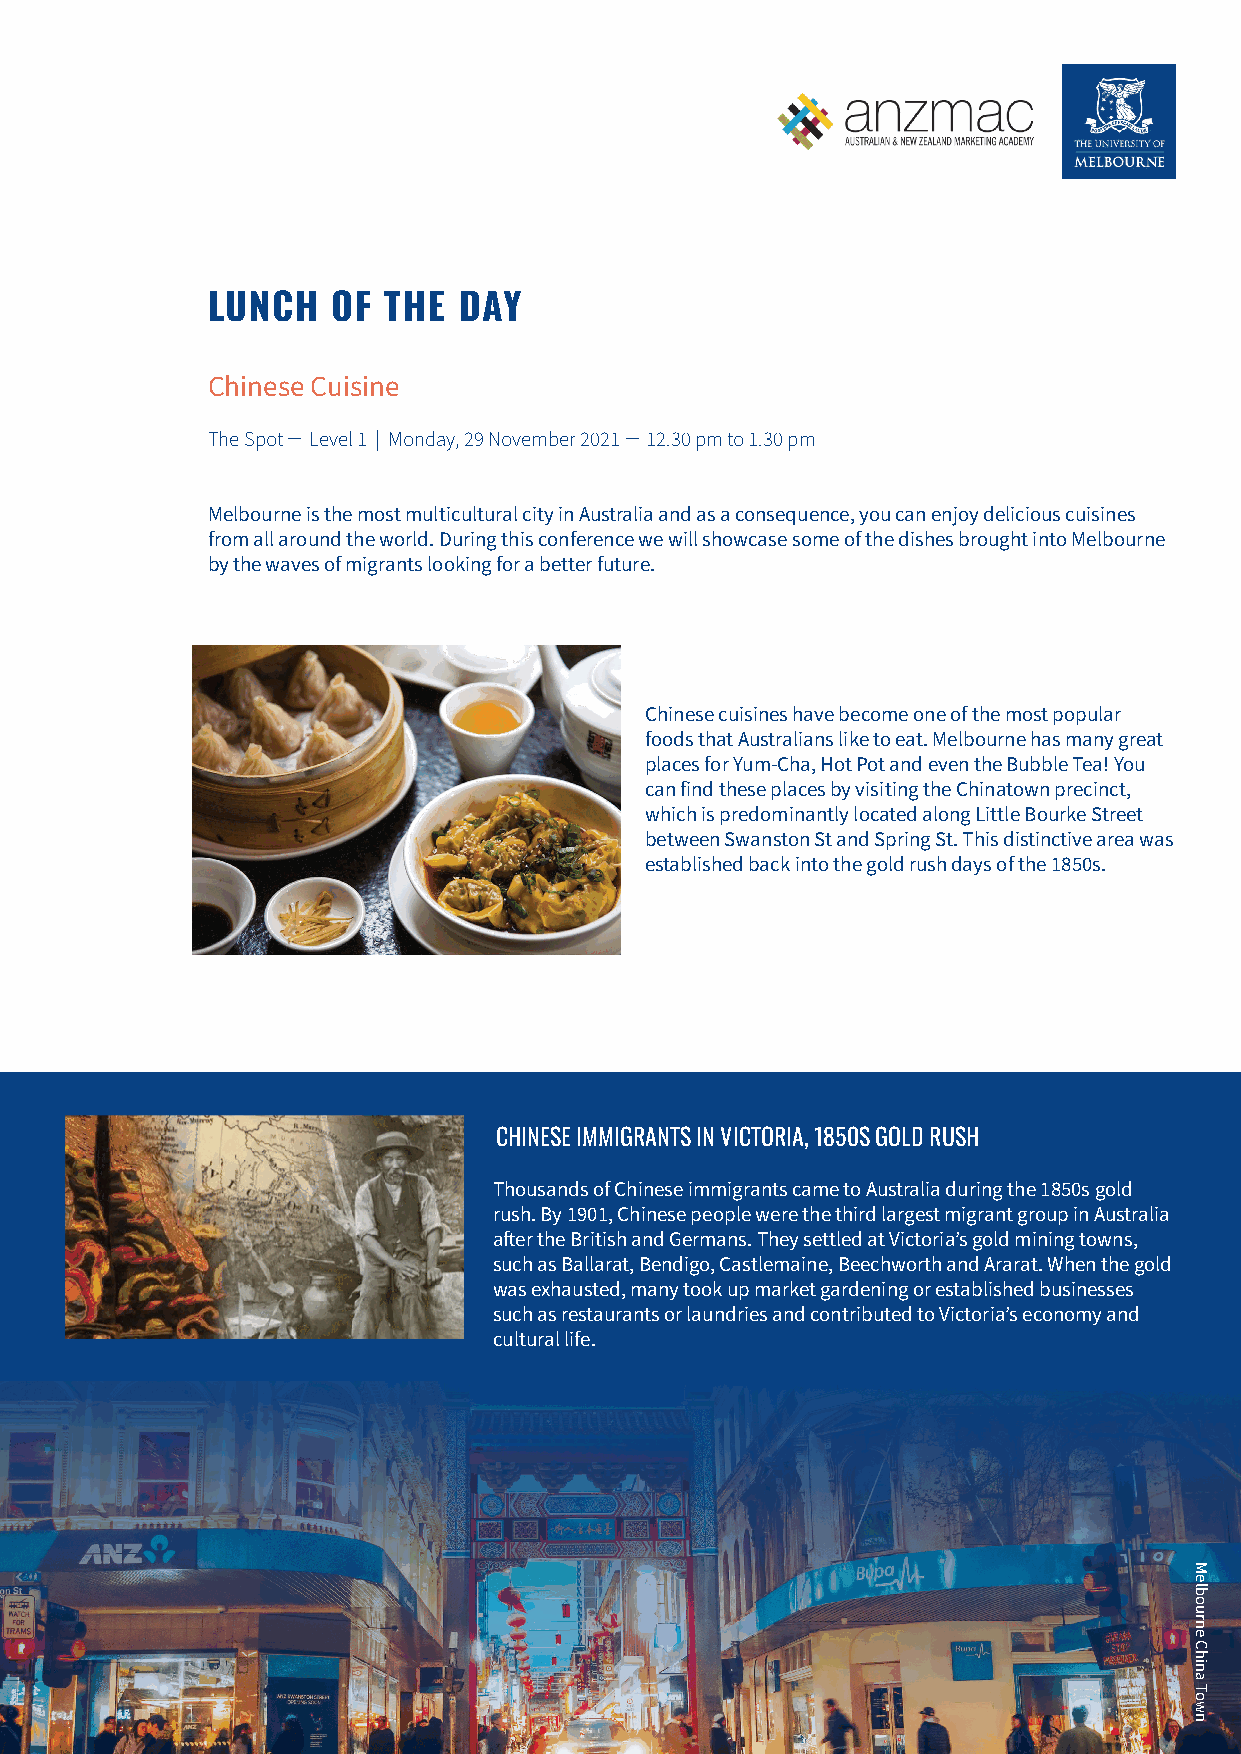
LUNCH   OF THE  DAY
 Chinese Cuisine
 The Spot ̶ Level 1 | Monday, 29 November 2021 ̶ 12.30 pm to 1.30 pm
 Melbourne is the most multicultural city in Australia and as a consequence, you can enjoy delicious cuisines
 from all around the world. During this conference we will showcase some of the dishes brought into Melbourne
 by the waves of migrants looking for a better future.
 Chinese cuisines have become one of the most popular
 foods that Australians like to eat. Melbourne has many great
 places for Yum-Cha, Hot Pot and even the Bubble Tea! You
 can find these places by visiting the Chinatown precinct,
 which is predominantly located along Little Bourke Street
 between Swanston St and Spring St. This distinctive area was
 established back into the gold rush days of the 1850s.
 CHINESE IMMIGRANTS IN VICTORIA, 1850S GOLD RUSH
 Thousands of Chinese immigrants came to Australia during the 1850s gold
 rush. By 1901, Chinese people were the third largest migrant group in Australia
 after the British and Germans. They settled at Victoria’s gold mining towns,
 such as Ballarat, Bendigo, Castlemaine, Beechworth and Ararat. When the gold
 was exhausted, many took up market gardening or established businesses
 such as restaurants or laundries and contributed to Victoria’s economy and
 cultural life.
 WWW.ANZMAC2021.COM | #ANZMAC2021 | 16
 Melbourne
 China
 Town